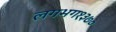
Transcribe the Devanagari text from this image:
लगभग१३७०